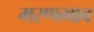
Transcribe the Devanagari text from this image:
मरणभाव